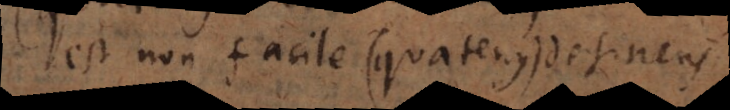
est non facile (quatenus) desinens.